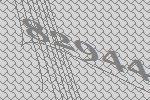
82944